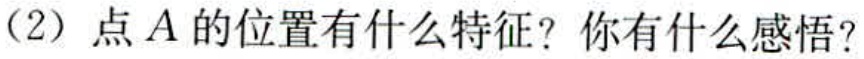
（2）点\(A\)的位置有什么特征？你有什么感悟？